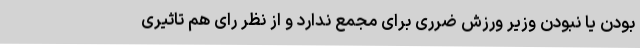
بودن یا نبودن وزیر ورزش ضرری برای مجمع ندارد و از نظر رای هم تاثیری